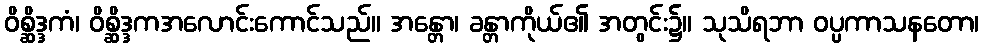
ဝိစ္ဆိဒ္ဒကံ၊ ဝိစ္ဆိဒ္ဒကအလောင်းကောင်သည်။ အန္တော၊ ခန္တာကိုယ်၏ အတွင်း၌။ သုသိရဘာ ဝပ္ပကာသနတော၊